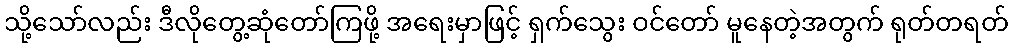
သို့သော်လည်း ဒီလိုတွေ့ဆုံတော်ကြဖို့ အရေးမှာဖြင့် ရှက်သွေး ဝင်တော် မူနေတဲ့အတွက် ရုတ်တရတ်